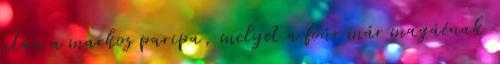
után a markos paripa, melyet a főúr már magáénak